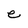
Character: e